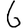
Digit: 6